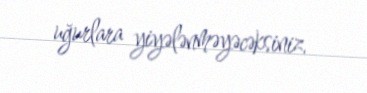
uğurlara yiyələnməyəcəksiniz.